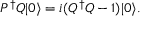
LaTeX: P ^ { \dagger } Q | 0 \rangle = i ( Q ^ { \dagger } Q - 1 ) | 0 \rangle .